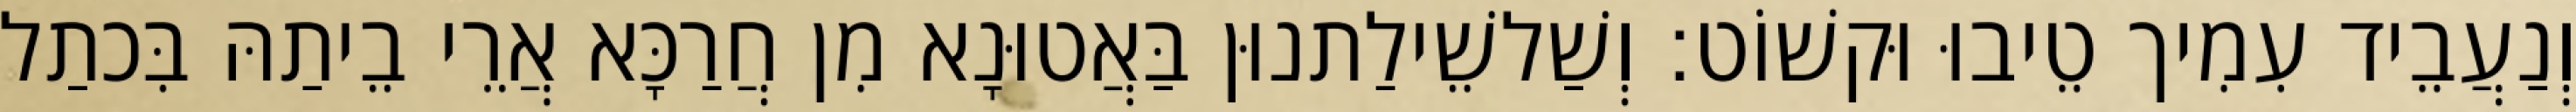
וְנַעֲבֵיד עִמִיך טֵיבוּ וּקשׁוֹט׃ וְשַׁלשֵׁילַתנוּן בַּאֲטוּנָא מִן חֲרַכָּא אֲרֵי בֵיתַהּ בִּכתַל